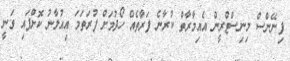
ފިނޭންސް މިނިސްޓްރީން އެއިމާރާތް ކުރާނެ ފަރާތެއް ހޯދުމަށް ފުރަތަމަ އިއުލާނު ކޮށްފައި ވަނީ